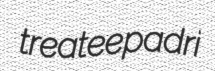
treatee padri